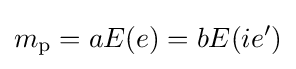
m_{\mathrm {p} }=aE(e)=bE(ie')